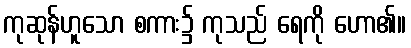
ကုဆုန်ဟူသော စကား၌ ကုသည် ရေကို ဟော၏။